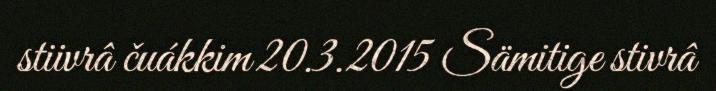
stiivrâ čuákkim 20.3.2015 Sämitige stivrâ